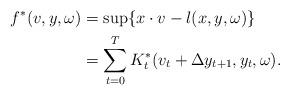
LaTeX: \begin{align*} f^*(v,y,\omega) &= \sup\{x\cdot v-l(x,y,\omega)\}\\ &=\sum_{t=0}^T K_t^*(v_{t}+\Delta y_{t+1},y_t,\omega).\end{align*}